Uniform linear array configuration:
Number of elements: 32
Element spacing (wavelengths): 0.75
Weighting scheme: blackman
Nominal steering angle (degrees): -60
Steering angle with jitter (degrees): -59.249
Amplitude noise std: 0.05
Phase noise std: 0.05

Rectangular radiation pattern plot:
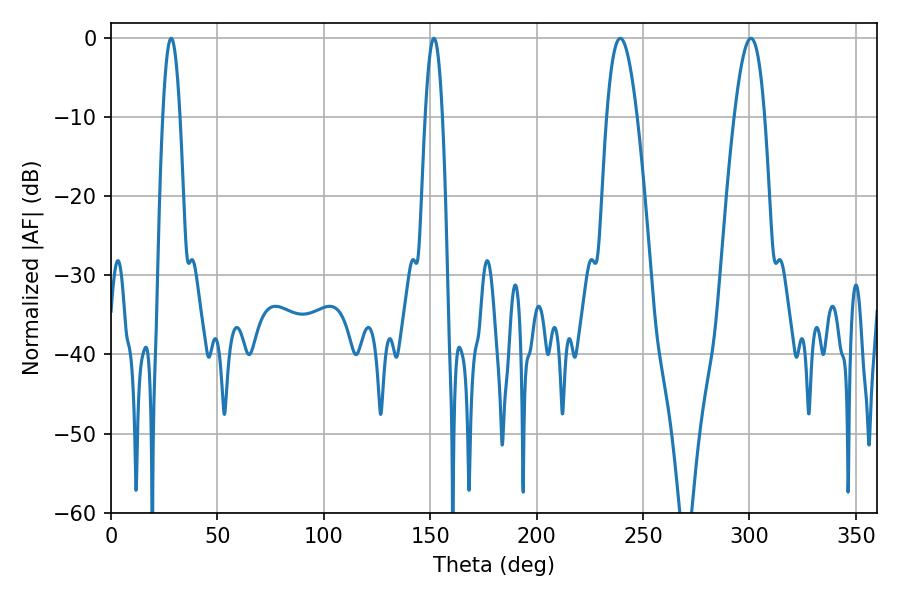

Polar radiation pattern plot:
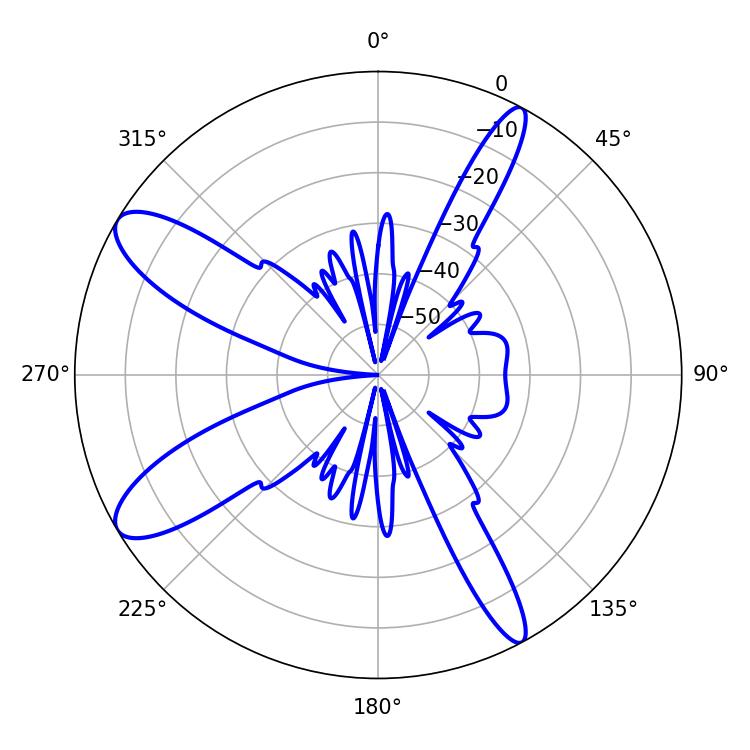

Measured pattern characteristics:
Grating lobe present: TRUE
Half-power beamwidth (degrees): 4.32
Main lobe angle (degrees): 28.26